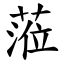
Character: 蒞